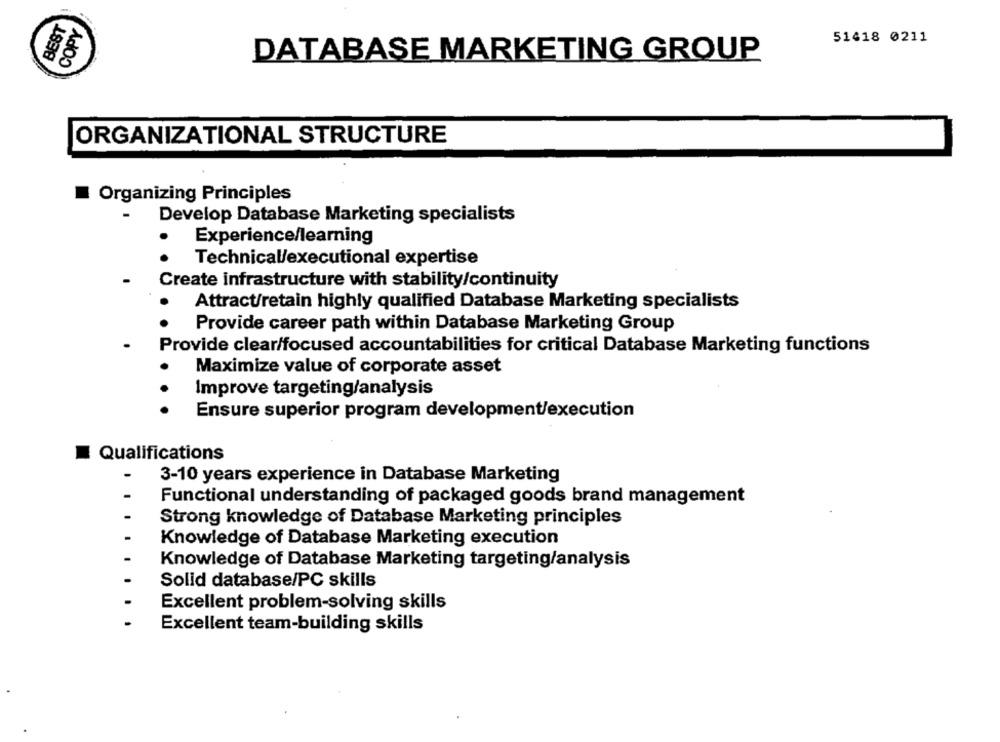
BEST
COPY
51418 0211
DATABASE MARKETING GROUP
ORGANIZATIONAL STRUCTURE
Organizing Principles
Develop Database Marketing specialists
Experience/learning
Technical/executional expertise
Create infrastructure with stability/continuity
Attract/retain highly qualified Database Marketing specialists
Provide career path within Database Marketing Group
Provide clear/focused accountabilities for critical Database Marketing functions
Maximize value of corporate asset
Improve targeting/analysis
Ensure superior program development/execution
Qualifications
3-10 years experience in Database Marketing
Functional understanding of packaged goods brand management
Strong knowledge of Database Marketing principles
Knowledge of Database Marketing execution
Knowledge of Database Marketing targeting/analysis
Solid database/PC skills
Excellent problem-solving skills
Excellent team-building skills